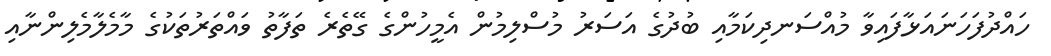
ހައްދުފަހަނައަޅާފައިވާ މުއްސަނދިކަމާއި ބުދުގެ އަސަރު މުސްލިމުން އެމީހުންގެ ގޭތެރެ ތަފާތު ވައްތަރުތަކުގެ މާމެލާމެލިންނާއި